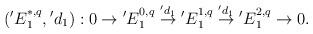
LaTeX: \begin{align*}\begin{aligned}({'E}^{*, q}_{1}, {{'d}_{1}}):0 \rightarrow {{'E}_{1}^{0, q}} \overset{{'d}_{1}}\rightarrow {{'E}_{1}^{1, q}} \overset{{'d}_{1}}\rightarrow {'E}_{1}^{2, q}\rightarrow 0.\end{aligned}\end{align*}